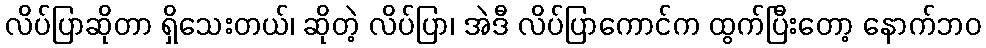
လိပ်ပြာဆိုတာ ရှိသေးတယ်၊ ဆိုတဲ့ လိပ်ပြာ၊ အဲဒီ လိပ်ပြာကောင်က ထွက်ပြီးတော့ နောက်ဘဝ